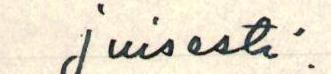
juisesti.